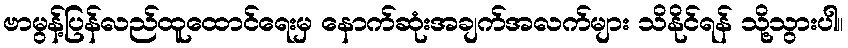
ဗာမွန့်ပြန်လည်ထူထောင်ရေးမှ နောက်ဆုံးအချက်အလက်များ သိနိုင်ရန် သို့သွားပါ။